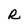
Character: R